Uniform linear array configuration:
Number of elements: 32
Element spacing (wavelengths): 0.25
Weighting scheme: cosine
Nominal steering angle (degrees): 0
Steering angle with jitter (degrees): -0.5315
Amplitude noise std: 0.05
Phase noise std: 0.05

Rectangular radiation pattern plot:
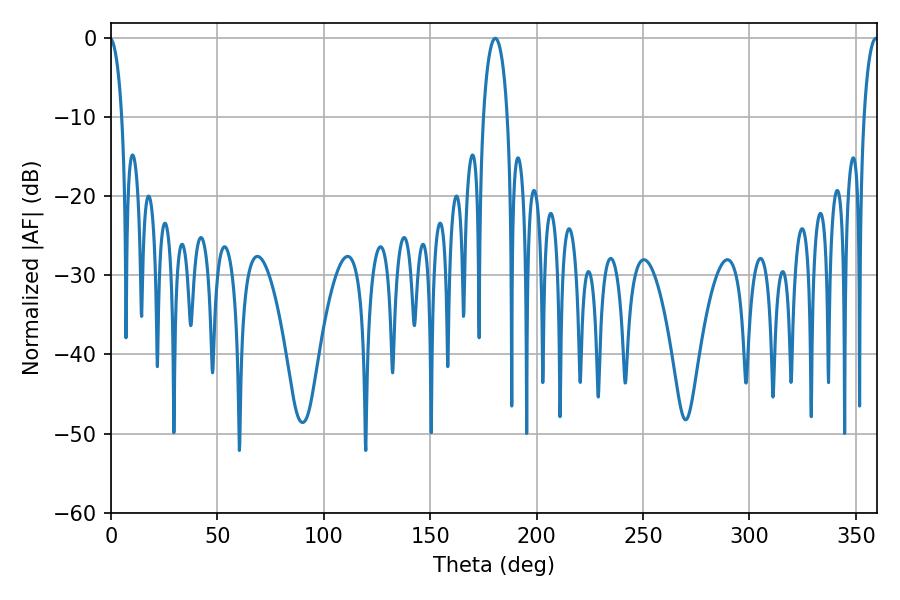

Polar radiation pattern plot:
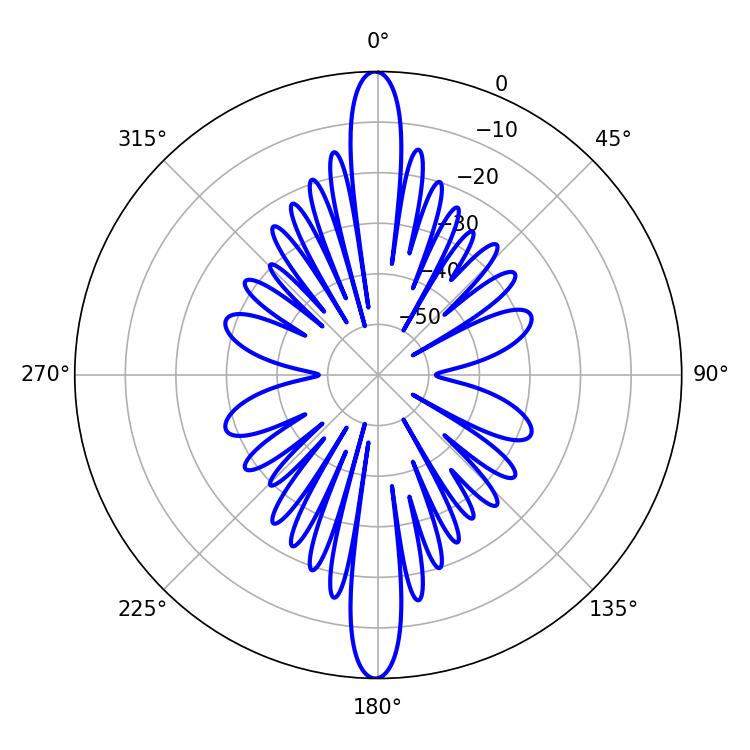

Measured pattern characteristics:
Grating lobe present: FALSE
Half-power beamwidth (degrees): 6.48
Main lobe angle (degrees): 180.54